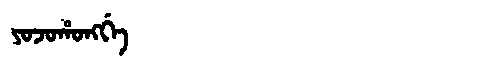
Manchu: ᠶᠣᠵᠣᡥᠣᠩᡤᡝ
Romanization: YOJOHONGGE